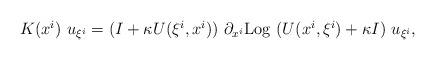
LaTeX: \begin{align*} \begin{array}{ll} K(x^i) ~ u_{\xi^i} = (I+ \kappa U(\xi^i,x^i))~ \partial_{x^i} {\rm Log} ~ (U(x^i,\xi^i) + \kappa I) ~ u_{\xi^i},\end{array} \end{align*}